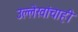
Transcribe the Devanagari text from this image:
उल्लेखांचाही